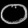
Digit: ၀